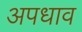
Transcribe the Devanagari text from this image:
अपधाव